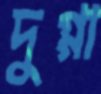
দুগ্গা